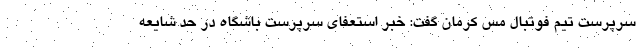
سرپرست تیم فوتبال مس کرمان گفت: خبر استعفای سرپرست باشگاه در حد شایعه